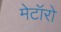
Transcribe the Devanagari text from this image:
मेटॉरो